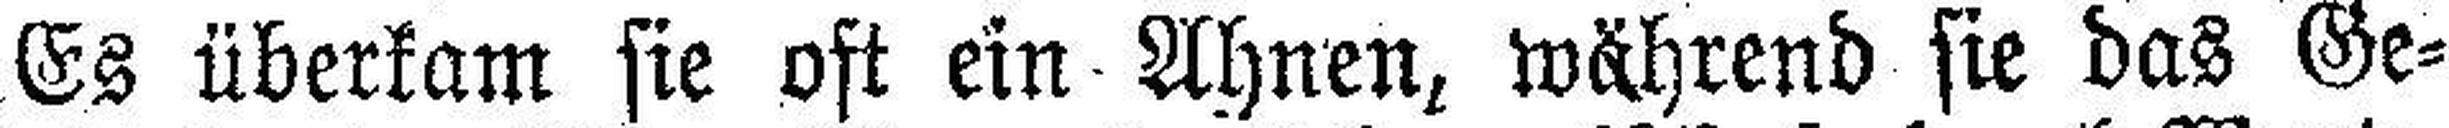
Es überkam sie oft ein Ahnen, während sie das Ge¬